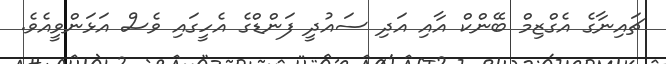
ޗައިނާގެ އެގްޒިމް ބޭންކް އާއި އަދި ސައުދީ ފަންޑްގެ އެހީގައި ވެސް އަޅަންވީއެވެ.